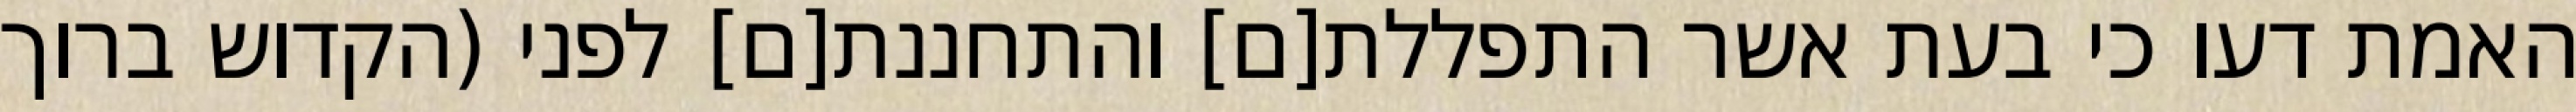
האמת דעו כי בעת אשר התפללת[ם] והתחננת[ם] לפני (הקדוש ברוך